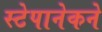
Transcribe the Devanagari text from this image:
स्टेपानेकने